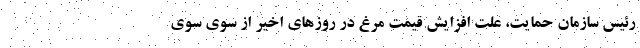
رئیس سازمان حمایت، علت افزایش قیمت مرغ در روزهای اخیر از سوی سوی